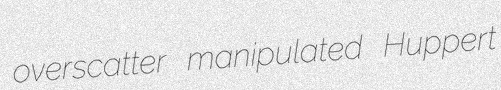
overscatter manipulated Huppert